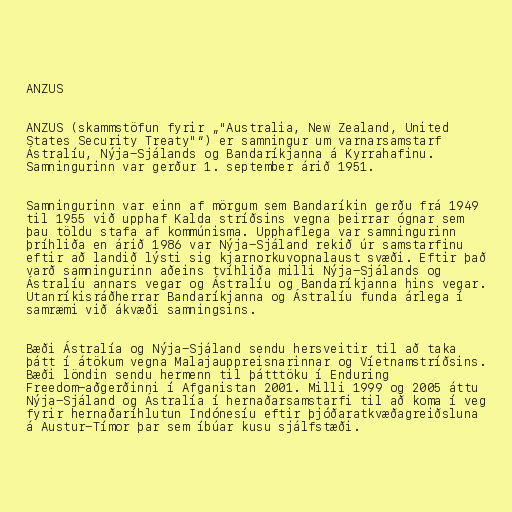
ANZUS

ANZUS (skammstöfun fyrir „"Australia, New Zealand, United
States Security Treaty"“) er samningur um varnarsamstarf
Ástralíu, Nýja-Sjálands og Bandaríkjanna á Kyrrahafinu.
Samningurinn var gerður 1. september árið 1951.

Samningurinn var einn af mörgum sem Bandaríkin gerðu frá 1949
til 1955 við upphaf Kalda stríðsins vegna þeirrar ógnar sem
þau töldu stafa af kommúnisma. Upphaflega var samningurinn
þríhliða en árið 1986 var Nýja-Sjáland rekið úr samstarfinu
eftir að landið lýsti sig kjarnorkuvopnalaust svæði. Eftir það
varð samningurinn aðeins tvíhliða milli Nýja-Sjálands og
Ástralíu annars vegar og Ástralíu og Bandaríkjanna hins vegar.
Utanríkisráðherrar Bandaríkjanna og Ástralíu funda árlega í
samræmi við ákvæði samningsins.

Bæði Ástralía og Nýja-Sjáland sendu hersveitir til að taka
þátt í átökum vegna Malajauppreisnarinnar og Víetnamstríðsins.
Bæði löndin sendu hermenn til þátttöku í Enduring
Freedom-aðgerðinni í Afganistan 2001. Milli 1999 og 2005 áttu
Nýja-Sjáland og Ástralía í hernaðarsamstarfi til að koma í veg
fyrir hernaðaríhlutun Indónesíu eftir þjóðaratkvæðagreiðsluna
á Austur-Tímor þar sem íbúar kusu sjálfstæði.